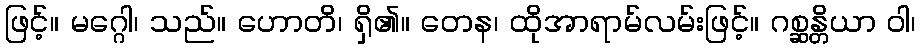
ဖြင့်။ မဂ္ဂေါ၊ သည်။ ဟောတိ၊ ရှိ၏။ တေန၊ ထိုအာရာမ်လမ်းဖြင့်။ ဂစ္ဆန္တိယာ ဝါ၊